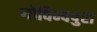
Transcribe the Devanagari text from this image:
गोविन्दपुरा